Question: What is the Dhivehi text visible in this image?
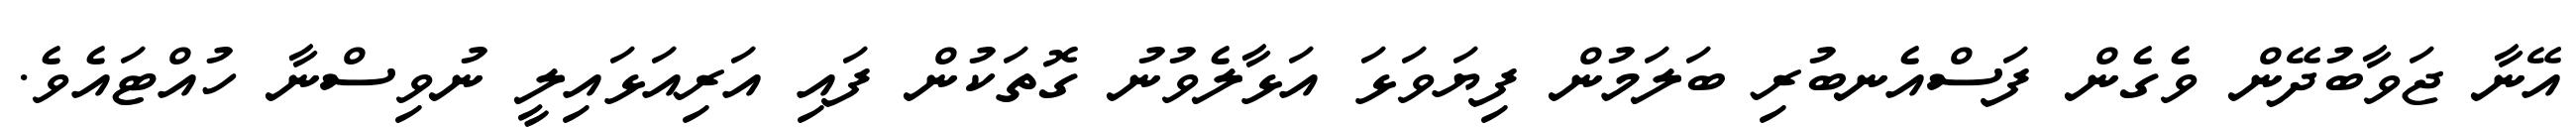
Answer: އޭނާ ޖަވާބުދޭން ވެގެން ފަސްއެނބުރި ބަލަމުން ފިޔަވަޅަ އަޅާލެވުނު ގޮތަކުން ފައި އަރިއަޅައިލީ ނުވިސްނާ ހުއްޓައެވެ.